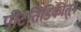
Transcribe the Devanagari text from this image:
पोटतिडिकीतून